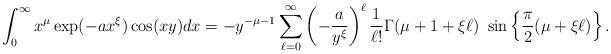
LaTeX: \begin{align*}\int_{0}^{\infty}x^{\mu}\exp(-ax^{\xi})\cos(xy)dx=-y^{-\mu-1}\sum_{\ell=0}^{\infty}\left(-\frac{a}{y^{\xi}}\right)^{\ell}\frac{1}{\ell!}\Gamma(\mu+1+\xi\ell)~\sin\left\{\frac{\pi}{2}(\mu+\xi\ell)\right\}.\end{align*}